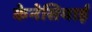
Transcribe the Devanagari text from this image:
केनेसियाई